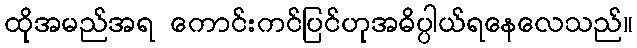
ထိုအမည်အရ ကောင်းကင်ပြင်ဟုအဓိပ္ပါယ်ရနေလေသည်။